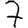
Digit: 7